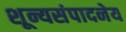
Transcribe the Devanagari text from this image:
शून्यसंपादनेय